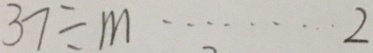
3 7 \div m \cdots 2